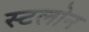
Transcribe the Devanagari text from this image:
स्टलोन